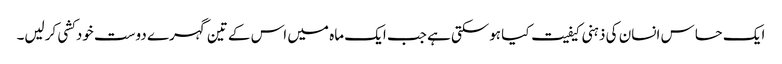
ایک حساس انسان کی ذہنی کیفیت کیا ہوسکتی ہے جب ایک ماہ میں اس کے تین گہرے دوست خودکشی کرلیں۔